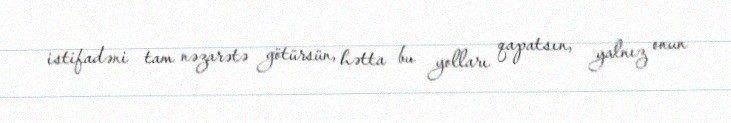
istifadəni tam nəzarətə götürsün, hətta bu yolları qapatsın, yalnız onun